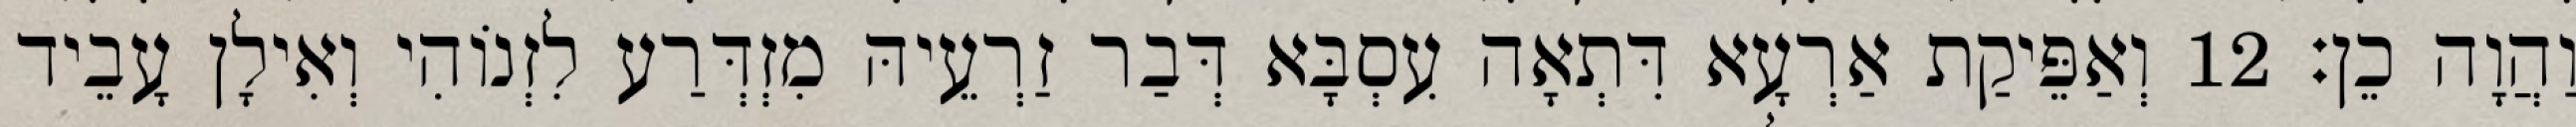
וַהֲוָה כֵן׃ 12 וְאַפֵּיקַת אַרְעָא דִּתְאָה עִסְבָּא דְּבַר זַרְעֵיהּ מִזְדְּרַע לִזְנוֹהִי וְאִילָן עָבֵיד